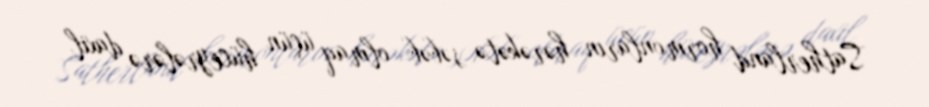
Satherland hormonların hərəkətə səbəb olmaq üçün hüceyrələrə daxil